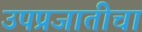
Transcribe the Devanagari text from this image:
उपप्रजातीचा